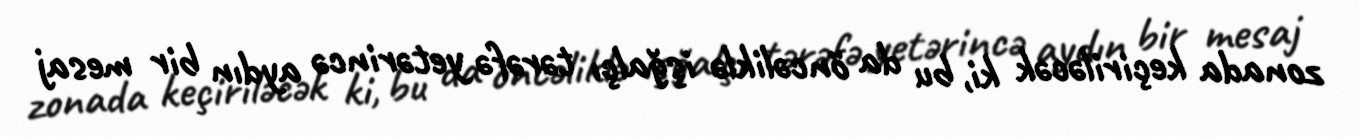
zonada keçiriləcək ki, bu da öncəliklə işğalçı tərəfə yetərincə aydın bir mesaj